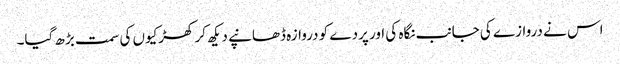
اس نے دروازے کی جانب نگاہ کی اور پردے کو دروازہ ڈھانپے دیکھ کر کھڑکیوں کی سمت بڑھ گیا۔